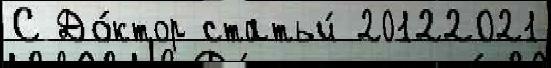
С До́ктор статьи́ 20122021